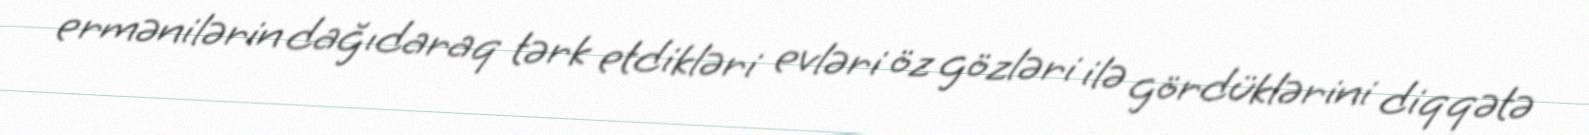
ermənilərin dağıdaraq tərk etdikləri evləri öz gözləri ilə gördüklərini diqqətə